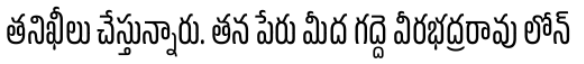
తనిఖీలు చేస్తున్నారు. తన పేరు మీద గద్దె వీరభద్రరావు లోన్